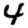
Digit: 4